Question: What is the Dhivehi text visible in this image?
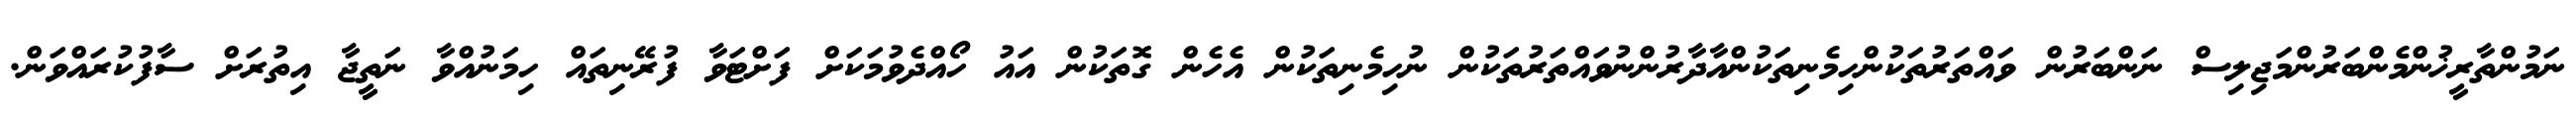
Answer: ނަމުންތާރީޚުންމެންބަރުންމަޖިލިސް ނަންބަރުން ވައްތަރުތަކުންހިމެނިތަކުންއާދާރުންނުވައްތަރުތަކުން ނުހިމެނިތަކުން އެހެން ގޮތަކުން އައު ހޯއްދެވުމަކަށް ފަށްޓަވާ ފުރޭނިތައް ހިމަނުއްވާ ނަތީޖާ އިތުރަށް ސާފުކުރައްވަން.